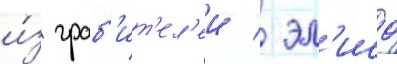
и́з граб'ит'ел'еи / эл'исо